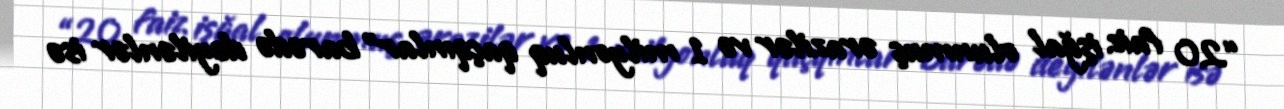
“20 faiz işğal olunmuş ərazilər və 1 milyonluq qaçqınlar” barədə deyilənlər isə